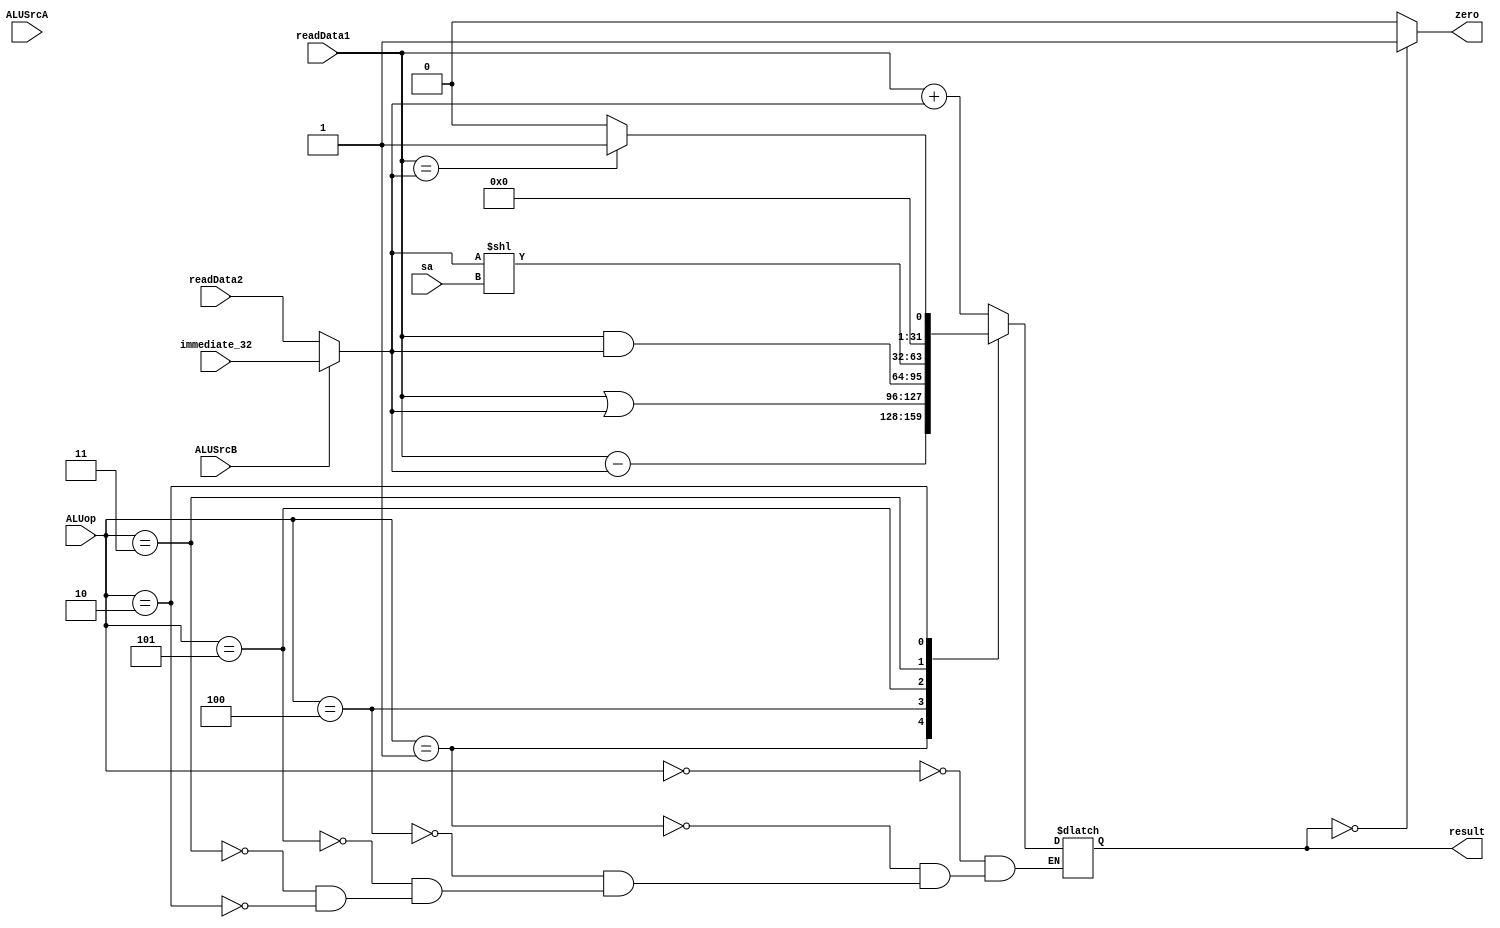
`timescale 1ns / 1ps
//////////////////////////////////////////////////////////////////////////////////
// Company: 
// Engineer: 
// 
// Design Name: 
// Module Name:    ALU 
// Project Name: 
// Target Devices: 
// Tool versions: 
// Description: 
//
// Dependencies: 
//
// Revision: 
// Revision 0.01 - File Created
// Additional Comments: 
//
//////////////////////////////////////////////////////////////////////////////////
//readData1, readData2, immediate_32, sa, ALUSrcB, ALUSrcA, ALUop, zero, result
module ALU(
    input [31:0] readData1,
    input [31:0] readData2,
    input [31:0] immediate_32,
    input [4:0] sa,
    input ALUSrcB,
    input ALUSrcA,
    input [2:0] ALUop,
    output zero,
    output reg[31:0] result
    );
	 
    wire [31:0] alub;
    assign alub = ( ALUSrcB == 0 )? readData2 : immediate_32;
	 
    always@( sa or readData1 or alub or ALUop ) begin
	    //$display("flag: %d", ALUFlag);
		case( ALUop )
			3'b000: begin
				result = readData1 + alub;
				//$display("add");
			end
			3'b001: begin
				result = readData1 - alub;
				//$display("sub");
			end
			3'b100: begin
				result = readData1 | alub;
				//$display("or");
			end
			3'b101: begin
				result = readData1 & alub;
				//$display("and");
			end
			3'b011 : result = alub << sa;
            3'b010 : result = (readData1 == alub) ? 1 : 0; //zero0 
		endcase 
	end
	assign zero = (result == 0) ? 1 : 0;
	 
endmodule